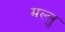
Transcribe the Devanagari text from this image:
मल्लु